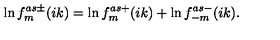
\ln f _ { m } ^ { a s \pm } ( i k ) = \ln f _ { m } ^ { a s + } ( i k ) + \ln f _ { - m } ^ { a s - } ( i k ) .